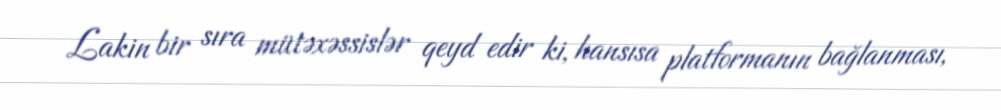
Lakin bir sıra mütəxəssislər qeyd edir ki, hansısa platformanın bağlanması,